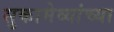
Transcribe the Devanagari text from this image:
सुकामेव्यांच्या